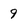
Character: 9